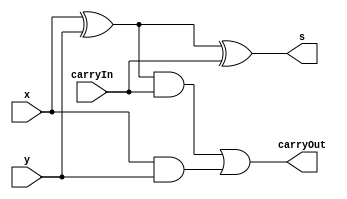
// ------------------------- 
// Exemplo0051  Soma e Subtracao
// Nome: Mateus Augusto Moraes Ferreira  
// ------------------------- 
 
// ------------------------- 
//  soma e subtracao
// ------------------------- 
module somacompleta (output s, output carryOut, 
                     input  x,  input y,  input carryIn);
										 
	wire  w1;
	wire  w2;
	wire  w3;	
 
// descrever por portas

 xor xor1  (w1,x,y);
 and and1  (w2,x,y);
 xor xor2  (s,w1,carryIn);
 and and2  (w3,w1,carryIn);
 or  or1   (carryOut,w3,w2); 
 
endmodule // somacompleta 

 module somacompleta_chave (output saida, output carryOut,
                            input x, input y, input carryIn, input chave);  

 wire w1;
 
 xor xor1 (w1,y,chave);
 somacompleta soma1 (saida,carryOut,carryIn,x,w1);
 
 endmodule // somacompleta_chave
 
 
 module somacompleta6;
 
 reg [5:0] x;
 reg [5:0] y;
 reg chave; //carryIn
 wire s0,s1,s2,s3,s4,s5,w1,w2,w3,w4,w5,w6,carryOut;
 
 
 somacompleta_chave soma1 (s0,w1,x[0],y[0],chave,chave);
 somacompleta_chave soma2 (s1,w2,x[1],y[1],w1,chave);
 somacompleta_chave soma3 (s2,w3,x[2],y[2],w2,chave);
 somacompleta_chave soma4 (s3,w4,x[3],y[3],w3,chave);
 somacompleta_chave soma5 (s4,w5,x[4],y[4],w4,chave);
 somacompleta_chave soma6 (s5,w6,x[5],y[5],w5,chave);
 xor xor1 (carryOut,w6,chave);
 

 
// ------------------------- parte principal 
 initial begin 
      $display("Exemplo0051 - Mateus Augusto Moraes Ferreira - 435669"); 
      $display("Soma & Subtracao"); 
		
		x=6'b000000;
		y=6'b000000;
		chave=0;
 
 // projetar testes do somador complete 
 
 $monitor("chave=%b carryOut=%b s=%b%b%b%b%b%b ",chave,carryOut,s5,s4,s3,s2,s1,s0);
 #1 chave=1;
 #1 x=6'b000011; y=6'b000001;
 #1 chave=0; x=6'b000010; y=6'b000010;
  
 end 
 
endmodule